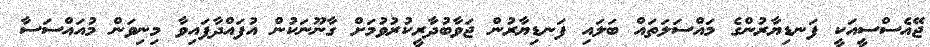
ޖޭއެސްސީއަކީ ފަނޑިޔާރުންގެ މައްސަލަތައް ބަލައި ފަނޑިޔާރުން ޖަވާބުދާރީކުރުވުމަށް ގާނޫނަކުން އުފައްދާފައިވާ މިނިވަން މުއައްސަސާ